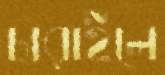
চারাইলে